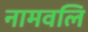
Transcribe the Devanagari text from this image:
नामवलि